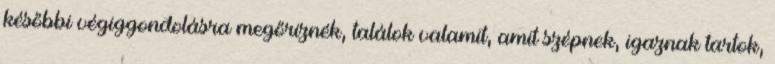
későbbi végiggondolásra megőriznék, találok valamit, amit szépnek, igaznak tartok,